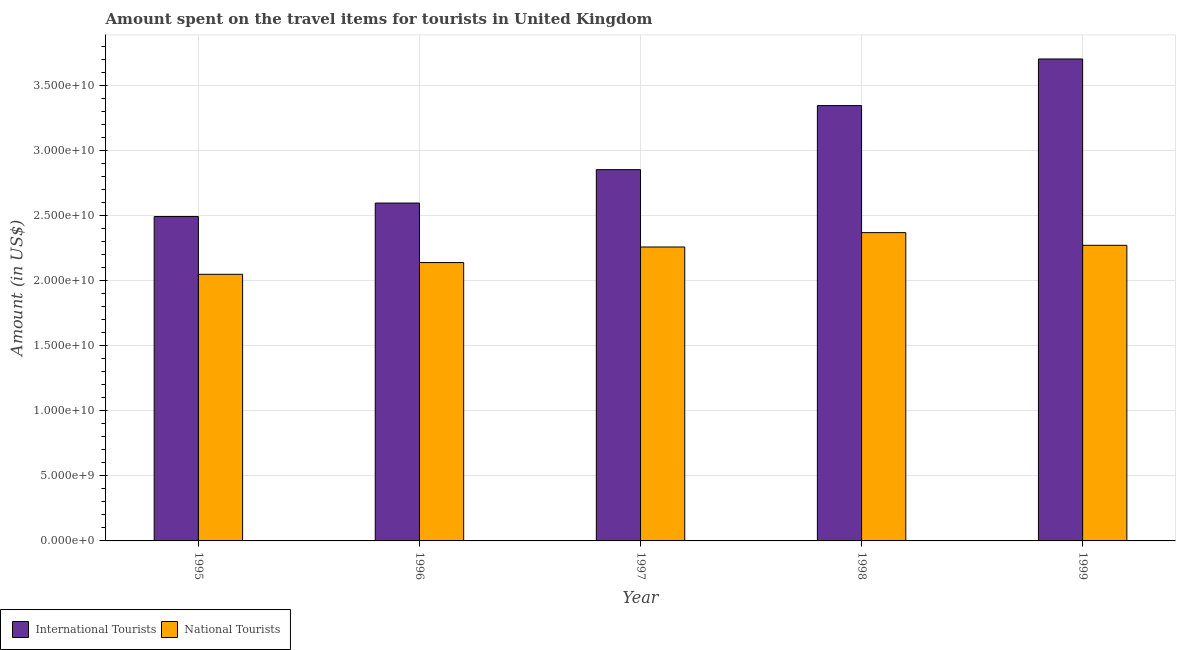
| Year | International Tourists | National Tourists |
 | --- | --- | --- |
 | 1995 | 2.49e+10 | 2.05e+10 |
 | 1996 | 2.6e+10 | 2.14e+10 |
 | 1997 | 2.85e+10 | 2.26e+10 |
 | 1998 | 3.35e+10 | 2.37e+10 |
 | 1999 | 3.7e+10 | 2.27e+10 |